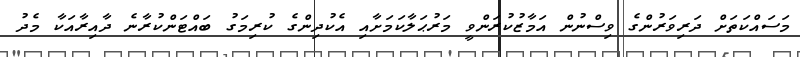
މަސައްކަތަށް ދަރިވަރުންގެ ވިސްނުން އަމާޒުކުރަންވީ މަރުޙަލާކަމަށާއި އެކުދިންގެ ކުރިމަގު ބައްޓަންކުރާނެ ދާއިރާއަކާ މެދު